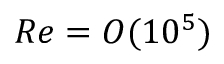
R e = O ( 1 0 ^ { 5 } )